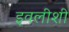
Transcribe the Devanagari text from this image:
इवलीशी